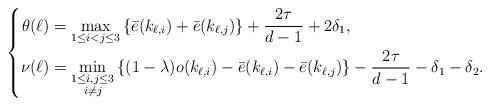
LaTeX: \begin{align*}\left\{\begin{aligned}\theta(\ell)&=\max_{1\leq i < j\leq 3}\left\{\bar{e}(k_{\ell,i})+\bar{e}(k_{\ell,j})\right\}+\frac{2\tau}{d-1}+2\delta_{1},\\\nu(\ell)&=\min_{\substack{1\leq i, j\leq 3\\i\neq j}}\left\{(1-\lambda)o(k_{\ell,i})-\bar{e}(k_{\ell,i})-\bar{e}(k_{\ell,j})\right\}-\frac{2\tau}{d-1}-\delta_{1}-\delta_{2}.\end{aligned}\right. \end{align*}